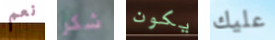
نعم شكرا يكون عليك